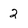
Character: 2